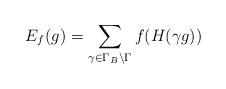
LaTeX: \begin{align*} E_f(g) = \sum_{\gamma \in \Gamma_B \backslash \Gamma} f(H(\gamma g))\end{align*}